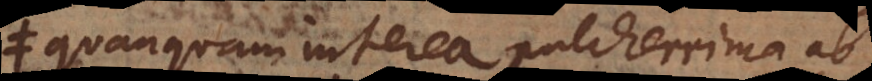
quanquam interea pulcherrima ab